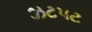
ઝટપટ